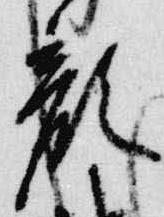
顔